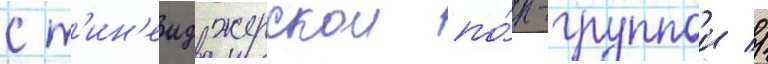
с т'ин'еиджерскои по́п-группои //